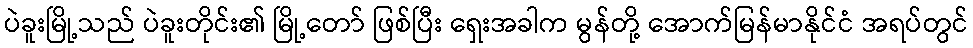
ပဲခူးမြို့သည် ပဲခူးတိုင်း၏ မြို့တော် ဖြစ်ပြီး ရှေးအခါက မွန်တို့ အောက်မြန်မာနိုင်ငံ အရပ်တွင်